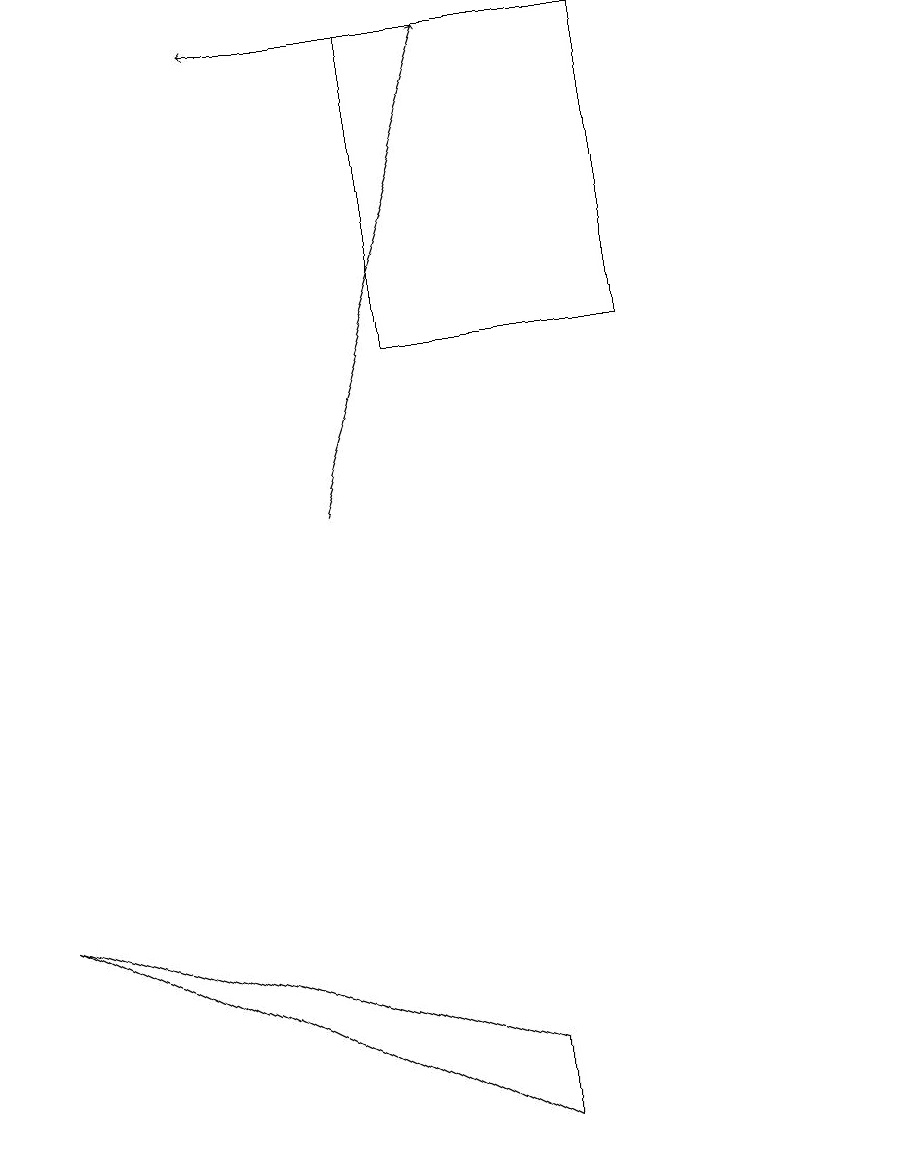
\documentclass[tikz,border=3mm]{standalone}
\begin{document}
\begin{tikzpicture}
\draw[->] (4,10) -- (6,16);
\draw (6,2) -- (0,5) -- (6,3) -- cycle;
\draw (11,10) circle (0);
\draw (5,12) rectangle (8,16);
\draw[->] (6,16) -- (3,16);
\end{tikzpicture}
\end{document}